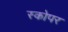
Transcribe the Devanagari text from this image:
स्कोपर